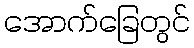
အောက်ခြေတွင်